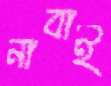
নাবাই